Report of the Municipal Commissioner on the plague in Bombay for the year ending 31st May... - Volume 2
Disease focus: Plague
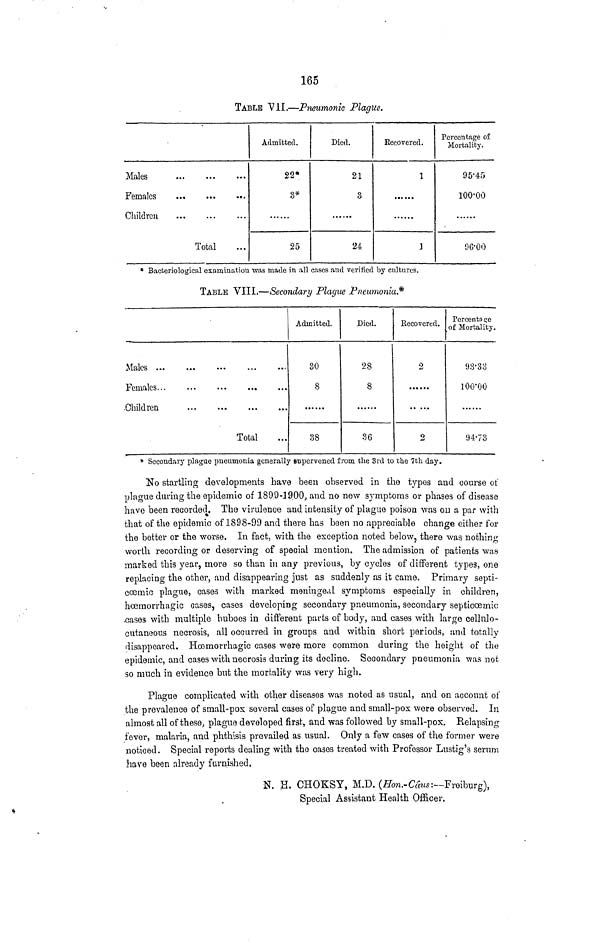
165
TABLE "VII.—Pneumonic Plague.
Males
Females
Children
Total
Admitted.
22*
3*
25
Died.
21
3
24
Recovered.
I
3
Percentage of
Mortality.
95'45
100-00
96-00
* Bacteriological examination was made in all cases and verified by cultures.
TABLE VIII.—Secondary Plague Pneumonia.*
Males
Females
•Children
Total
Admitted.
30
8
38
Died.
28
8
36
Recovered.
2
2
rercents 50
of Mortality.
93-33
lOO'OO
94-73
* Secondary plague pneumonia generally supervened from the 3rd to the 7th day.
No startling developments have been observed in the types and course of
plague during the epidemic of 1899-1900, and no new symptoms or phases of disease
have been recorded. The virulence and intensity of plague poison was ou a par with
that of the epidemic of 1898-99 and there has been no appreciable change either for
the better or the worse. In fact, with the exception noted below, there was nothing
worth recording or deserving of special mention. The admission of patients was
marked this year, more so than in any previous, by cycles of different types, one
replacing the other, and disappearing just as suddenly as it came. Primary septi-
cosrnic plague, cases with marked meningeal symptoms especially in children,
hoemorrhagic cases, cases developing secondary pneumonia, secondary septiccemic
-cases with multiple buboes in different parts of body, and cases with large oellnlo-
cutaneous necrosis, all occurred in groups and within short periods, and totally
disappeared. Hosmorrhagic cases were more common during the height of the
epidemic, and cases with necrosis during its decline. Secondary pneumonia was not
so much in evidence but the mortality was very high.
Plague complicated with other diseases was noted as usual, and on account of
the prevalence of small-pox several cases of plague and small-pox were observed. In
almost all of these, plague developed first, and was followed by small-pox. Relapsing
fever, malaria, and phthisis prevailed as usual. Only a few cases of the former were
noticed. Special reports dealing with the cases treated with Professor Lustig's serum
have been already furnished.
N. H. CHOKSY, M.D. (Hon.-Cans:—Freiburg),
Special Assistant Health Officer.